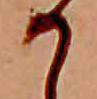
か